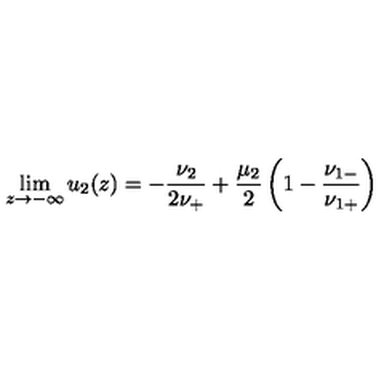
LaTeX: \lim _ { z \to - \infty } u _ { 2 } ( z ) = - \frac { \nu _ { 2 } } { 2 \nu _ { + } } + \frac { \mu _ { 2 } } { 2 } \left( 1 - \frac { \nu _ { 1 - } } { \nu _ { 1 + } } \right)